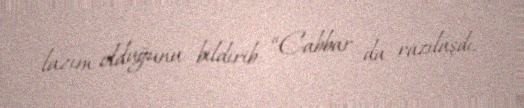
lazım olduğunu bildirib: “Cabbar da razılaşdı.